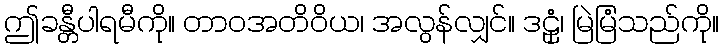
ဤခန္တီပါရမီကို။ တာဝအတိဝိယ၊ အလွန်လျှင်။ ဒဠှံ၊ မြဲမြံသည်ကို။